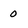
Character: 0